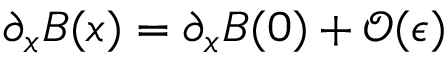
\partial _ { x } B ( x ) = \partial _ { x } B ( 0 ) + { \mathcal O } ( { \epsilon } )